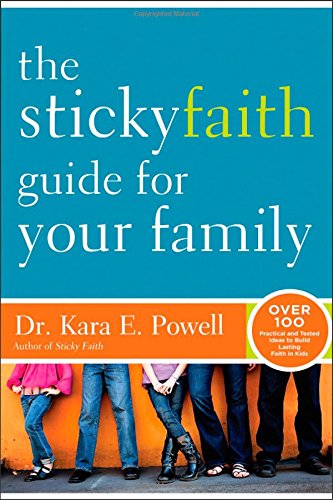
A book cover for The Sticky Faith Guide for Your Family: Over 100 Practical and Tested Ideas to Build Lasting Faith in Kids; Kara E. Powell; Christian Books & Bibles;